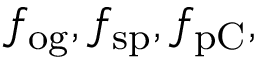
f _ { \mathrm { o g } } , f _ { \mathrm { s p } } , f _ { \mathrm { p C } } ,